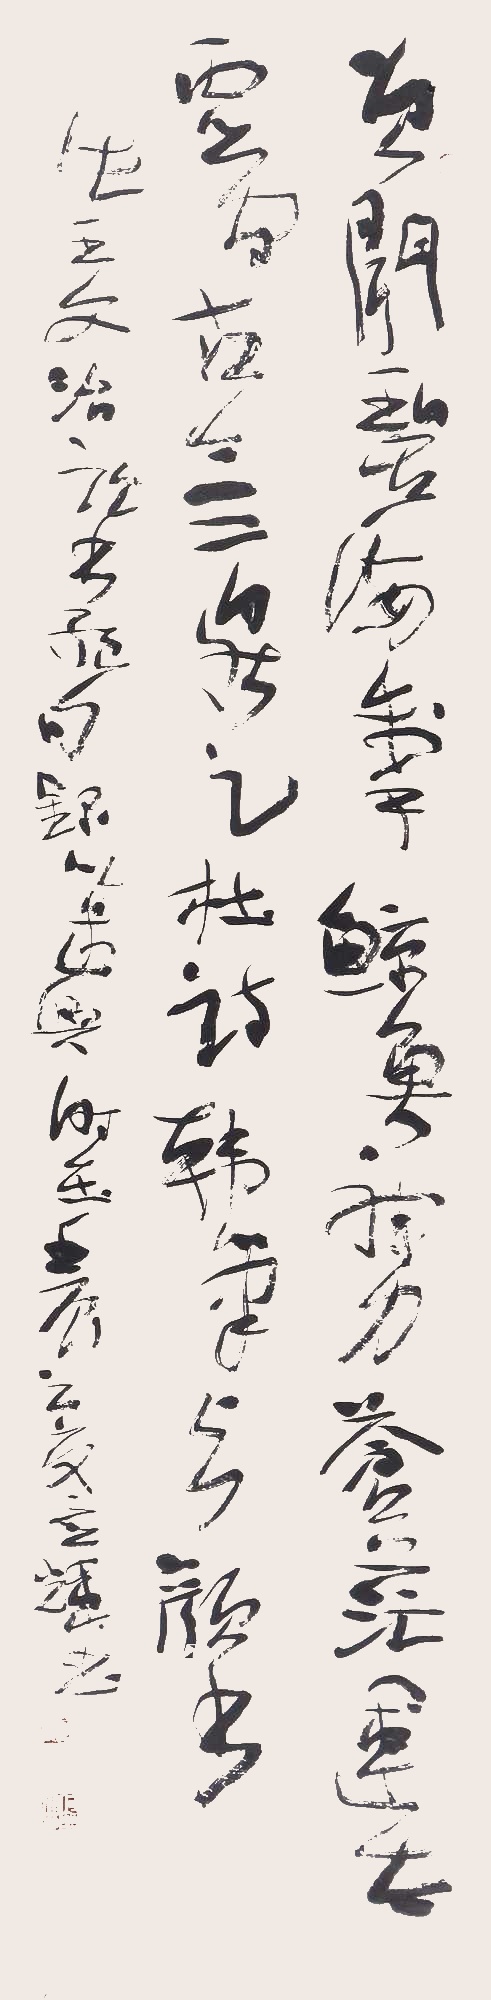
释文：曾闻碧海掣鲸鱼，神力苍茫运太虚。间气古今三鼎足，杜诗韩笔与颜书。此王文治诗，书绝句录以逸兴，时在壬辰之夏，应辉书。